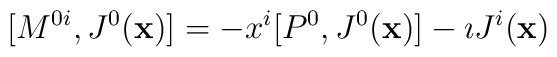
[M^{0i},J^0({\bf x})]=-x^i[P^0,J^0({\bf x})]-\imath J^i({\bf x})